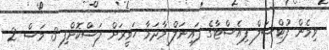
ވިމެން ފުޓްސަލް ފިއެސްޓާގެ ފައިނަލް މާދަމާ ހަވީރަށް ފަސްކޮށްފި 3 މަސް 2